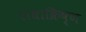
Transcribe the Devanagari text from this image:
राधाक्रिष्ण